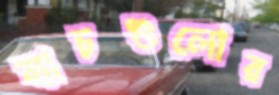
ব্যাচগুলোর